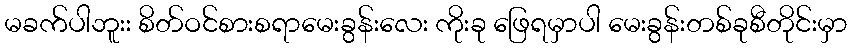
မခက်ပါဘူးး စိတ်ဝင်စားစရာမေးခွန်းလေး ကိုးခု ဖြေရမှာပါ မေးခွန်းတစ်ခုစီတိုင်းမှာ